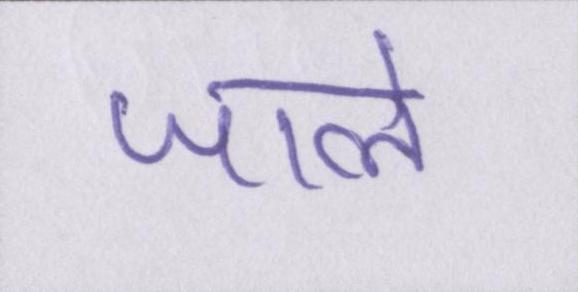
जाले